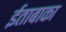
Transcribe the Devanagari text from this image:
ईताबाका